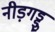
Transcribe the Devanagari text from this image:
नीड़गड्डु